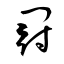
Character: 冠